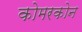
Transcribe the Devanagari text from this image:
कोमरकोन